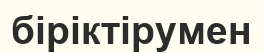
біріктірумен